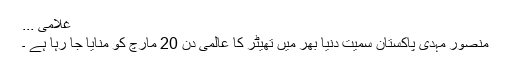
غلامی ...
منصور مہدی پاکستان سمیت دنیا بھر میں تھیٹر کا عالمی دن 20 مارچ کو منایا جا رہا ہے ۔